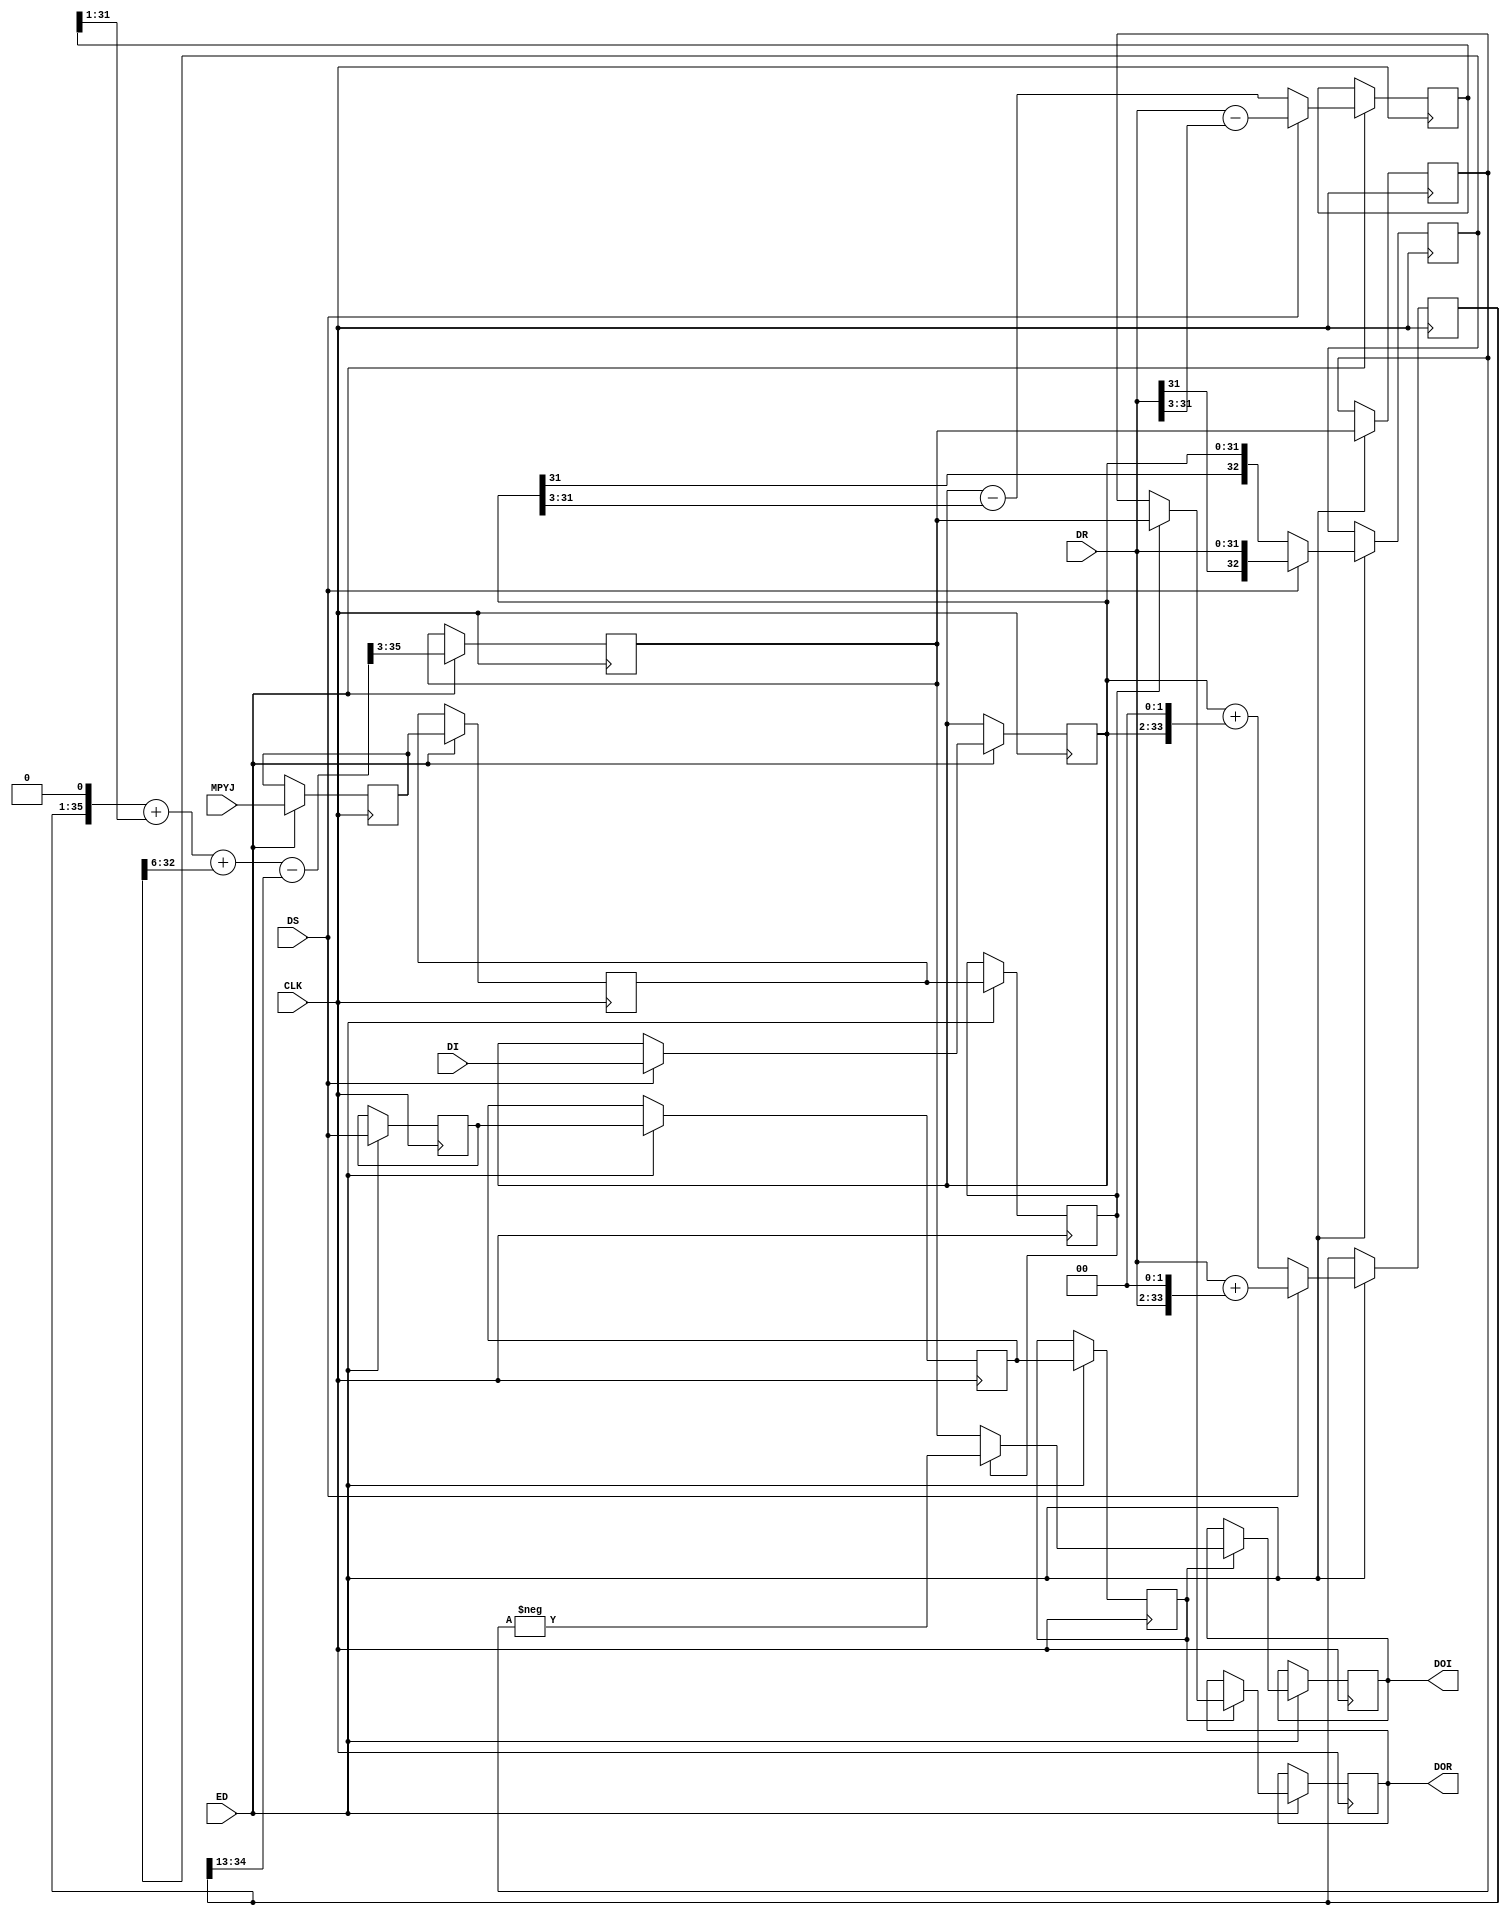
module MPUC1307 ( CLK,DS ,ED, MPYJ,DR,DI ,DOR ,DOI  );
	parameter total_bits = 32;
	input CLK ;
	wire CLK ;
	input DS ;
	wire DS ;
	input ED; 					
	input MPYJ ;				
	wire MPYJ ;
	input [total_bits-1:0] DR ;
	wire signed [total_bits-1:0] DR ;
	input [total_bits-1:0] DI ;
	wire signed [total_bits-1:0] DI ;	   
	output [total_bits:0] DOR ;
	reg [total_bits:0] DOR ;	
	output [total_bits:0] DOI ;
	reg [total_bits:0] DOI ;	 
	reg signed [total_bits+2 :0] dx5;	 
	reg signed [total_bits-1 :0] dx7;	 
	reg signed [total_bits-1 :0] dii;	 
	reg signed	[total_bits : 0] dt;		   
	wire signed [total_bits+3 : 0]  dx5p; 
	wire  signed  [total_bits+3 : 0] dot;	
	reg edd,edd2, edd3;        		
	reg mpyjd,mpyjd2,mpyjd3;
	reg [total_bits:0] doo ;	
	reg [total_bits:0] droo ;	
	always @(posedge CLK)
		begin
			if (ED) begin	  
					edd<=DS;
					edd2<=edd;	
					edd3<=edd2;	
					mpyjd<=MPYJ;
					mpyjd2<=mpyjd;
					mpyjd3<=mpyjd2;					 
					if (DS)	 begin				   		
							dx5<=DR+(DR <<2);	 
							dx7<=DR-(DR>>>3);	 
							dt<=DR;	  
							dii<=DI;
						end
					else	 begin
							dx5<=dii+(dii <<2);	 
							dx7<=dii-(dii>>>3);	 
							dt<=dii;
						end
					doo<=dot >>>3;	
					droo<=doo;	
					if (edd3) 	 
						if (mpyjd3) begin
								DOR<=doo;
							DOI<= - droo; end
						else begin
								DOR<=droo;
							DOI<=  doo; end					
				end 
		end		
	assign	dx5p=(dx5<<1)+(dx7>>>1);		
	assign   dot=	(dx5p+(dt>>>6) -(dx5>>>13));
endmodule